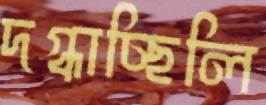
দগ্ধাচ্ছিলি